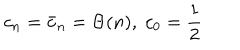
LaTeX: c _ { n } = \bar { c } _ { n } = \Theta ( n ) , \; c _ { 0 } = { \frac { 1 } { 2 } }